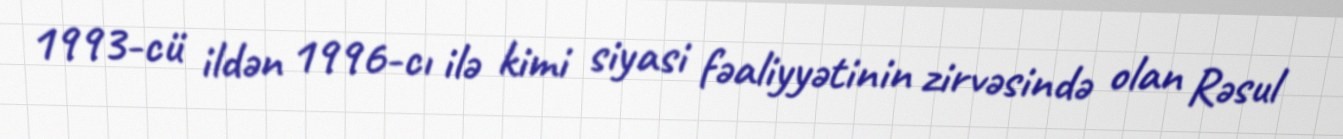
1993-cü ildən 1996-cı ilə kimi siyasi fəaliyyətinin zirvəsində olan Rəsul